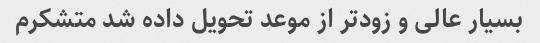
بسیار عالی و زودتر از موعد تحویل داده شد متشکرم